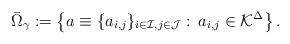
LaTeX: \begin{align*}\bar \Omega_{\gamma}:=\left\{a\equiv\{a_{i,j}\}_{i\in\mathcal I,j\in\mathcal J}:\, a_{i,j}\in \mathcal K^{\Delta}\right\}.\end{align*}